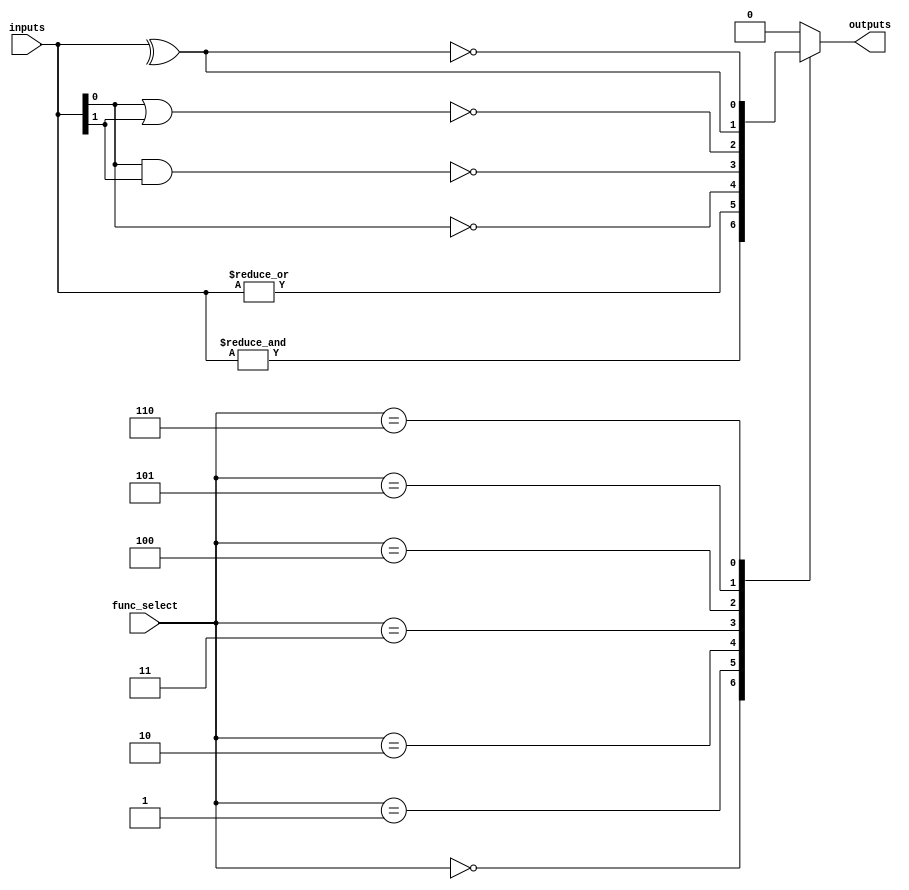
module CombinationalLogicBlock #(
    parameter N = 4, // Number of input bits
    parameter M = 1   // Number of output bits
)(
    input  wire [N-1:0]  inputs,      // Input vector
    input  wire [2:0]    func_select,  // Function select control signals
    output reg  [M-1:0]  outputs       // Output vector
);

    // Function select encoding
    localparam AND_FUNC  = 3'b000;
    localparam OR_FUNC   = 3'b001;
    localparam NOT_FUNC  = 3'b010; // Only for single input
    localparam NAND_FUNC = 3'b011;
    localparam NOR_FUNC  = 3'b100;
    localparam XOR_FUNC  = 3'b101;
    localparam XNOR_FUNC = 3'b110;

    always @(*) begin
        case (func_select)
            AND_FUNC:  outputs = &inputs; // AND operation
            OR_FUNC:   outputs = |inputs; // OR operation
            NOT_FUNC:  outputs = ~inputs[0]; // NOT operation (only first input)
            NAND_FUNC: outputs = ~(inputs[0] & inputs[1]); // NAND operation (2-input example)
            NOR_FUNC:  outputs = ~(inputs[0] | inputs[1]); // NOR operation (2-input example)
            XOR_FUNC:  outputs = ^inputs; // XOR operation
            XNOR_FUNC: outputs = ~(^inputs); // XNOR operation
            default:   outputs = {M{1'b0}}; // Default case
        endcase
    end

endmodule